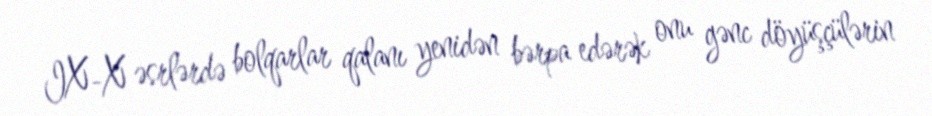
IX-X əsrlərdə bolqarlar qalanı yenidən bərpa edərək onu gənc döyüşçülərin